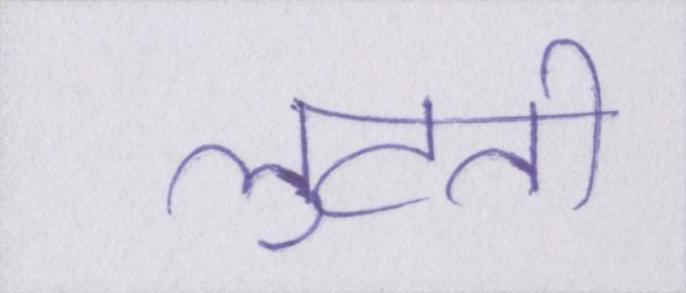
लुटती